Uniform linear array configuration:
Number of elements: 32
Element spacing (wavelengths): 0.25
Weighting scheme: hann
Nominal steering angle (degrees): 15
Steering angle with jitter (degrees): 16.042
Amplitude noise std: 0.05
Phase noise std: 0.05

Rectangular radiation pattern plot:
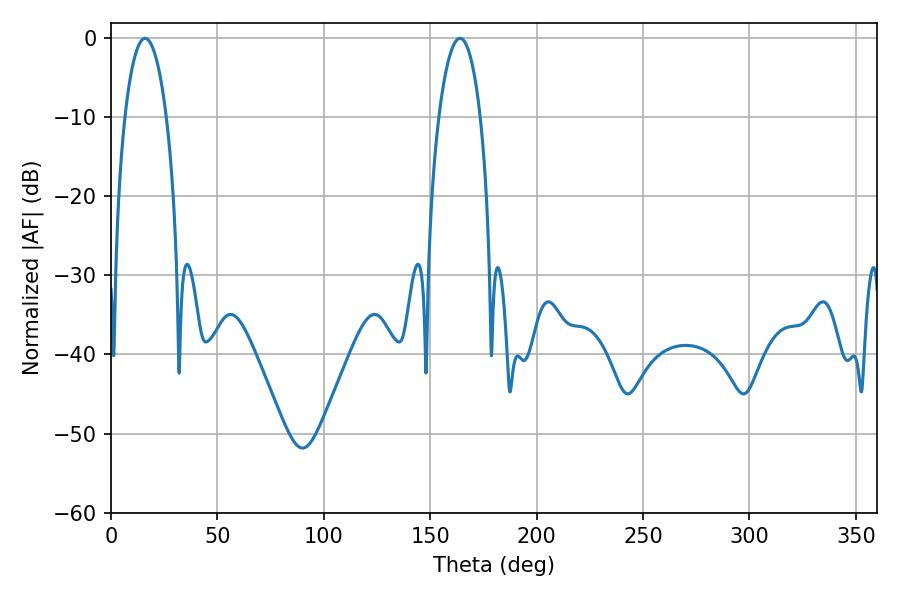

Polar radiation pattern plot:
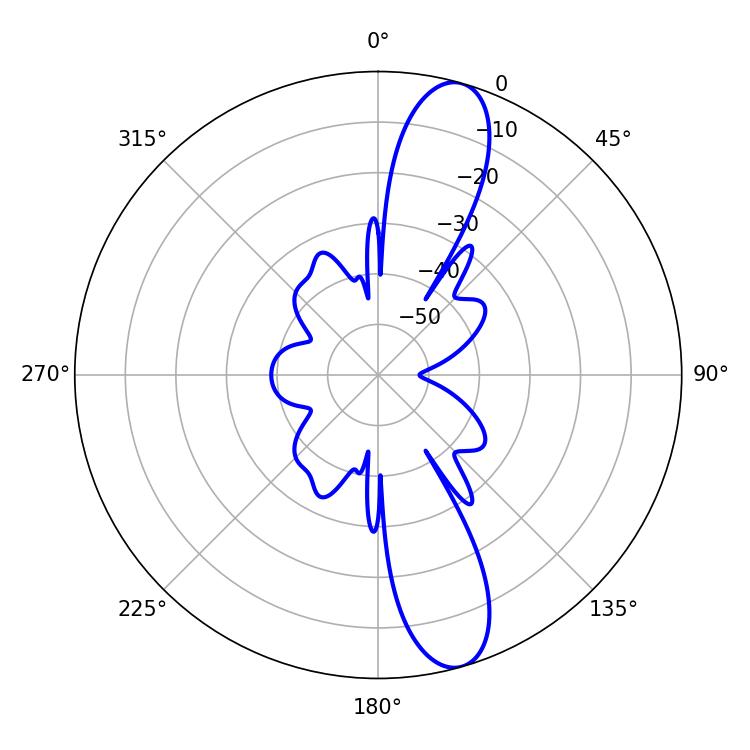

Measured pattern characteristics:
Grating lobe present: FALSE
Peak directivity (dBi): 12.509
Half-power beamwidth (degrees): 10.98
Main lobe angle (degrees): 16.02